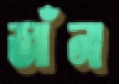
জাঁনা